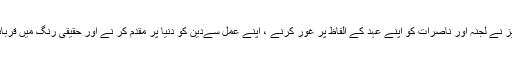
حضور انور ایدہ اللہ تعالیٰ بنصرہ العزیز نے لجنہ اور ناصرات کو اپنے عہد کے الفاظ پر غور کرنے ، اپنے عمل سےدین کو دنیا پر مقدم کر نے اور حقیقی رنگ میں قربانیاں پیش کرنے کی طرف توجہ دلائی۔